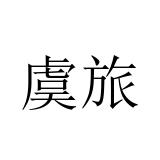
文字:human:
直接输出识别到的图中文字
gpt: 虞旅